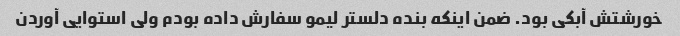
خورشتش آبکی بود. ضمن اینکه بنده دلستر لیمو سفارش داده بودم ولی استوایی آوردن